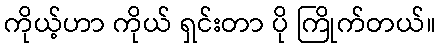
ကိုယ့်ဟာ ကိုယ် ရှင်းတာ ပို ကြိုက်တယ်။